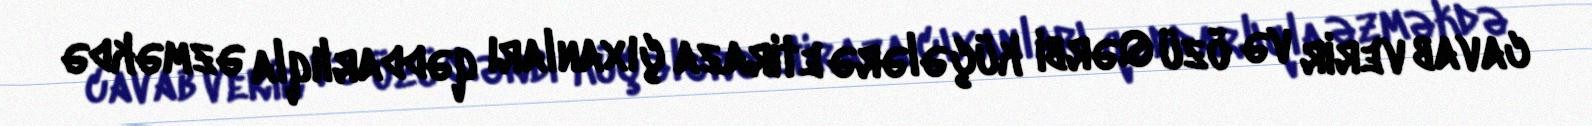
cavab verir və özü Qərbi küçələrə etiraza çıxanları qəddarlıqla əzməkdə